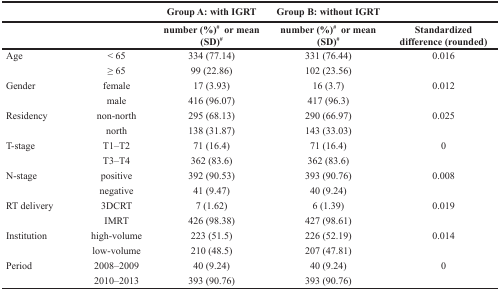
|  |  | Group A: with IGRT | Group B: without IGRT |  |
 |  |  | number (%)# or mean (SD)# | number (%)# or mean (SD)# | Standardized difference (rounded) |
 | --- | --- | --- | --- | --- |
 | Age | < 65 | 334 (77.14) | 331 (76.44) | 0.016 |
 |  | ≥ 65 | 99 (22.86) | 102 (23.56) |  |
 | Gender | female | 17 (3.93) | 16 (3.7) | 0.012 |
 |  | male | 416 (96.07) | 417 (96.3) |  |
 | Residency | non-north | 295 (68.13) | 290 (66.97) | 0.025 |
 |  | north | 138 (31.87) | 143 (33.03) |  |
 | T-stage | T1–T2 | 71 (16.4) | 71 (16.4) | 0 |
 |  | T3–T4 | 362 (83.6) | 362 (83.6) |  |
 | N-stage | positive | 392 (90.53) | 393 (90.76) | 0.008 |
 |  | negative | 41 (9.47) | 40 (9.24) |  |
 | RT delivery | 3DCRT | 7 (1.62) | 6 (1.39) | 0.019 |
 |  | IMRT | 426 (98.38) | 427 (98.61) |  |
 | Institution | high-volume | 223 (51.5) | 226 (52.19) | 0.014 |
 |  | low-volume | 210 (48.5) | 207 (47.81) |  |
 | Period | 2008–2009 | 40 (9.24) | 40 (9.24) | 0 |
 |  | 2010–2013 | 393 (90.76) | 393 (90.76) |  |